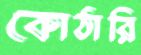
কোঠারি